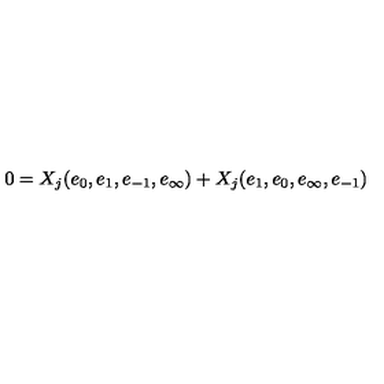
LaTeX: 0 = X _ { j } ( e _ { 0 } , e _ { 1 } , e _ { - 1 } , e _ { \infty } ) + X _ { j } ( e _ { 1 } , e _ { 0 } , e _ { \infty } , e _ { - 1 } )